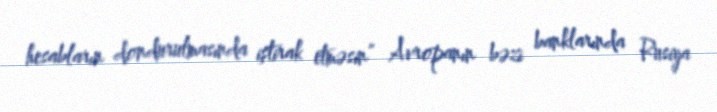
hesabların dondurulmasında iştirak etməsin” Avropanın bəzi banklarında Rusiya